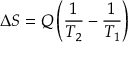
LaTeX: \Delta S = Q \left( { \frac { 1 } { T _ { 2 } } } - { \frac { 1 } { T _ { 1 } } } \right)